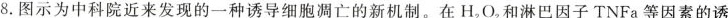
8.图示为中科院近来发现的一种诱导细胞凋亡的新机。在H_{2}O_{2}和淋巴因子TNFa等因素的诱